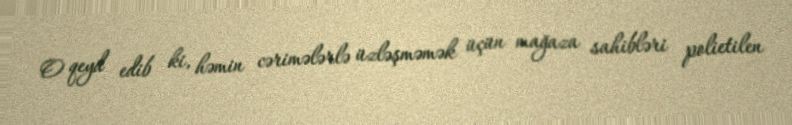
O qeyd edib ki, həmin cərimələrlə üzləşməmək üçün mağaza sahibləri polietilen